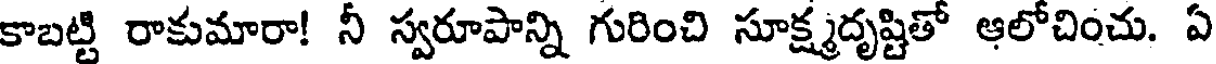
కాబట్టి రాకుమారా! నీ స్వరూపాన్ని గురించి సూక్ష్మదృష్టితో ఆలోచించు. ఏ